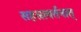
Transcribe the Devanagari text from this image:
सहस्रावर्तनात्‌